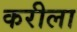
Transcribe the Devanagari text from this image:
करीला